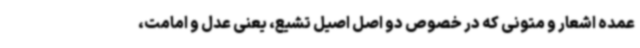
عمده اشعار و متونی که در خصوص دو اصل اصیل تشیع، یعنی عدل و امامت،